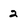
Character: 2